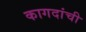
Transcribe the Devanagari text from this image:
कागदांची